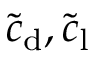
\tilde { c } _ { \mathrm { d } } , \tilde { c } _ { \mathrm { l } }